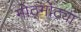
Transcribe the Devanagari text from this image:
मोठ्मोठ्या